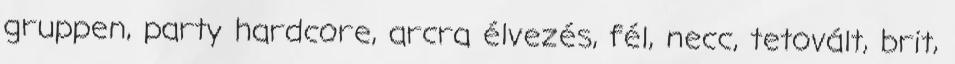
gruppen, party hardcore, arcra élvezés, fél, necc, tetovált, brit,